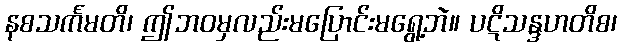
နစသင်္ကမတိ၊ ဤဘဝမှလည်းမပြောင်းမရွေ့ဘဲ။ ပဋိသန္ဒဟတိစ၊